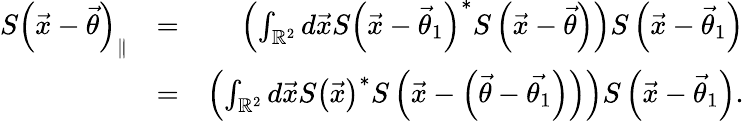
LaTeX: \begin{array}{rlr}{S\left(\vec{x}-\vec{\theta}\right)_{\parallel}}&{=}&{\left(\int_{\mathbb{R}^{2}}d\vec{x}S\left(\vec{x}-\vec{\theta}_{1}\right)^{\ast}S\left(\vec{x}-\vec{\theta}\right)\right)S\left(\vec{x}-\vec{\theta}_{1}\right)}\\ &{=}&{\left(\int_{\mathbb{R}^{2}}d\vec{x}S\left(\vec{x}\right)^{\ast}S\left(\vec{x}-\left(\vec{\theta}-\vec{\theta_{1}}\right)\right)\right)S\left(\vec{x}-\vec{\theta}_{1}\right).}\end{array}